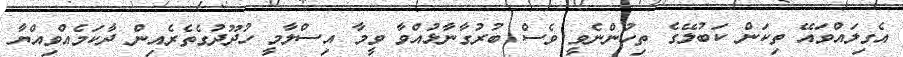
އެގިލައްވައޭ ތިކަން ކަބުލޭގެ ތިހުންނެވީ ވެސް ބުރުގާނާޅުއްވާ ވީމާ އިސްލާމީ ހުދޫދުގެތެރެއިން ދާކަމެއްވިއްޔާ